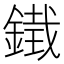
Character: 𮢨